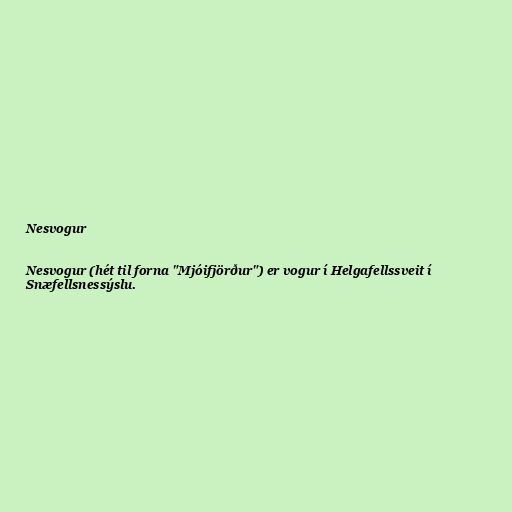
Nesvogur

Nesvogur (hét til forna "Mjóifjörður") er vogur í Helgafellssveit í
Snæfellsnessýslu.